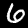
Digit: 6